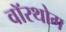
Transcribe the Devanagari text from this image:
वॉरथोग